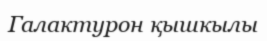
Галактурон қышкылы